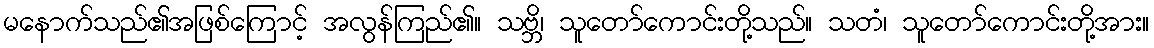
မနောက်သည်၏အဖြစ်ကြောင့် အလွန်ကြည်၏။ သဗ္ဘိ၊ သူတော်ကောင်းတို့သည်။ သတံ၊ သူတော်ကောင်းတို့အား။